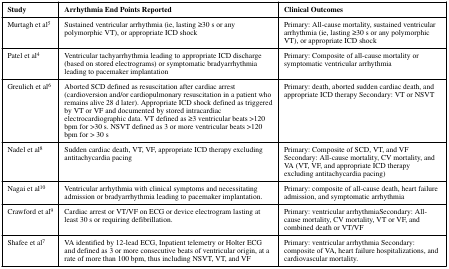
<table><thead><tr><td><b>Study</b></td><td><b>Arrhythmia End Points Reported</b></td><td><b>Clinical Outcomes</b></td></tr></thead><tbody><tr><td>Murtagh et al<sup>5</sup></td><td>Sustained ventricular arrhythmia (ie, lasting ≥30 s or any polymorphic VT), or appropriate ICD shock</td><td>Primary: All-cause mortality, sustained ventricular arrhythmia (ie, lasting ≥30 s or any polymorphic VT), or appropriate ICD shock</td></tr><tr><td>Patel et al<sup>4</sup></td><td>Ventricular tachyarrhythmia leading to appropriate ICD discharge (based on stored electrograms) or symptomatic bradyarrhythmia leading to pacemaker implantation</td><td>Primary: Composite of all-cause mortality or symptomatic ventricular arrhythmia</td></tr><tr><td>Greulich et al<sup>6</sup></td><td>Aborted SCD defined as resuscitation after cardiac arrest (cardioversion and/or cardiopulmonary resuscitation in a patient who remains alive 28 d later). Appropriate ICD shock defined as triggered by VT or VF and documented by stored intracardiac electrocardiographic data. VT defined as ≥3 ventricular beats &gt;120 bpm for &gt;30 s. NSVT defined as 3 or more ventricular beats &gt;120 bpm for &gt; 30 s</td><td>Primary: death, aborted sudden cardiac death, and appropriate ICD therapy Secondary: VT or NSVT</td></tr><tr><td>Nadel et al<sup>8</sup></td><td>Sudden cardiac death, VT, VF, appropriate ICD therapy excluding antitachycardia pacing</td><td>Primary: Composite of SCD, VT, and VF Secondary: All-cause mortality, CV mortality, and VA (VT, VF, and appropriate ICD therapy excluding antitachycardia pacing)</td></tr><tr><td>Nagai et al<sup>10</sup></td><td>Ventricular arrhythmia with clinical symptoms and necessitating admission or bradyarrhythmia leading to pacemaker implantation.</td><td>Primary: composite of all-cause death, heart failure admission, and symptomatic arrhythmia</td></tr><tr><td>Crawford et al<sup>9</sup></td><td>Cardiac arrest or VT/VF on ECG or device electrogram lasting at least 30 s or requiring defibrillation.</td><td>Primary: ventricular arrhythmiaSecondary: All-cause mortality, CV mortality, VT or VF, and combined death or VT/VF</td></tr><tr><td>Shafee et al<sup>7</sup></td><td>VA identified by 12-lead ECG, Inpatient telemetry or Holter ECG and defined as 3 or more consecutive beats of ventricular origin, at a rate of more than 100 bpm, thus including NSVT, VT, and VF</td><td>Primary: ventricular arrhythmia Secondary: composite of VA, heart failure hospitalizations, and cardiovascular mortality.</td></tr></tbody></table>